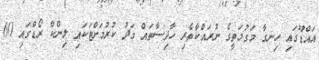
އައްޑޫގައި ހިނގާ މަގުމަތީގެ ނުރައްކާތެރި ހާދިސާތައް މަދު ކުރުމަށްޓަކައި ލިންކް ރޯޑްގައި 60